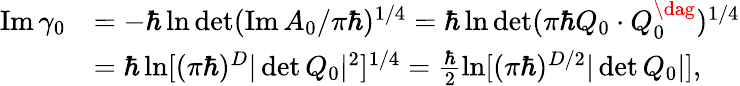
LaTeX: \begin{array}{rl}{\operatorname{Im}\gamma_{0}}&{=-\hbar\ln\operatorname*{det}(\operatorname{Im}A_{0}/\pi\hbar)^{1/4}=\hbar\ln\operatorname*{det}(\pi\hbar Q_{0}\cdot Q_{0}^{\dag})^{1/4}}\\ &{=\hbar\ln[(\pi\hbar)^{D}|\operatorname*{det}Q_{0}|^{2}]^{1/4}=\frac{\hbar}{2}\ln[(\pi\hbar)^{D/2}|\operatorname*{det}Q_{0}|],}\end{array}